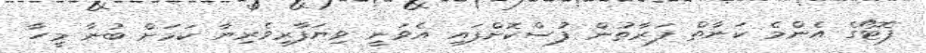
ފޮޓޯގެ އެންމެ ކަނާތް ފަރާތުން ފުސްކޮށްފައި އެވަނީ ވިޔަފާރިވެރިޔާ ކަމަށް ބުނާ މީހާ